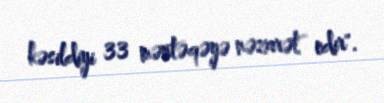
kəsildiyi 33 məntəqəyə nəzarət edir".